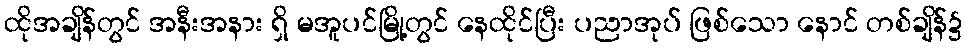
ထိုအချိန်တွင် အနီးအနား ရှိ မအူပင်မြို့တွင် နေထိုင်ပြီး ပညာအုပ် ဖြစ်သော နောင် တစ်ချိန်၌